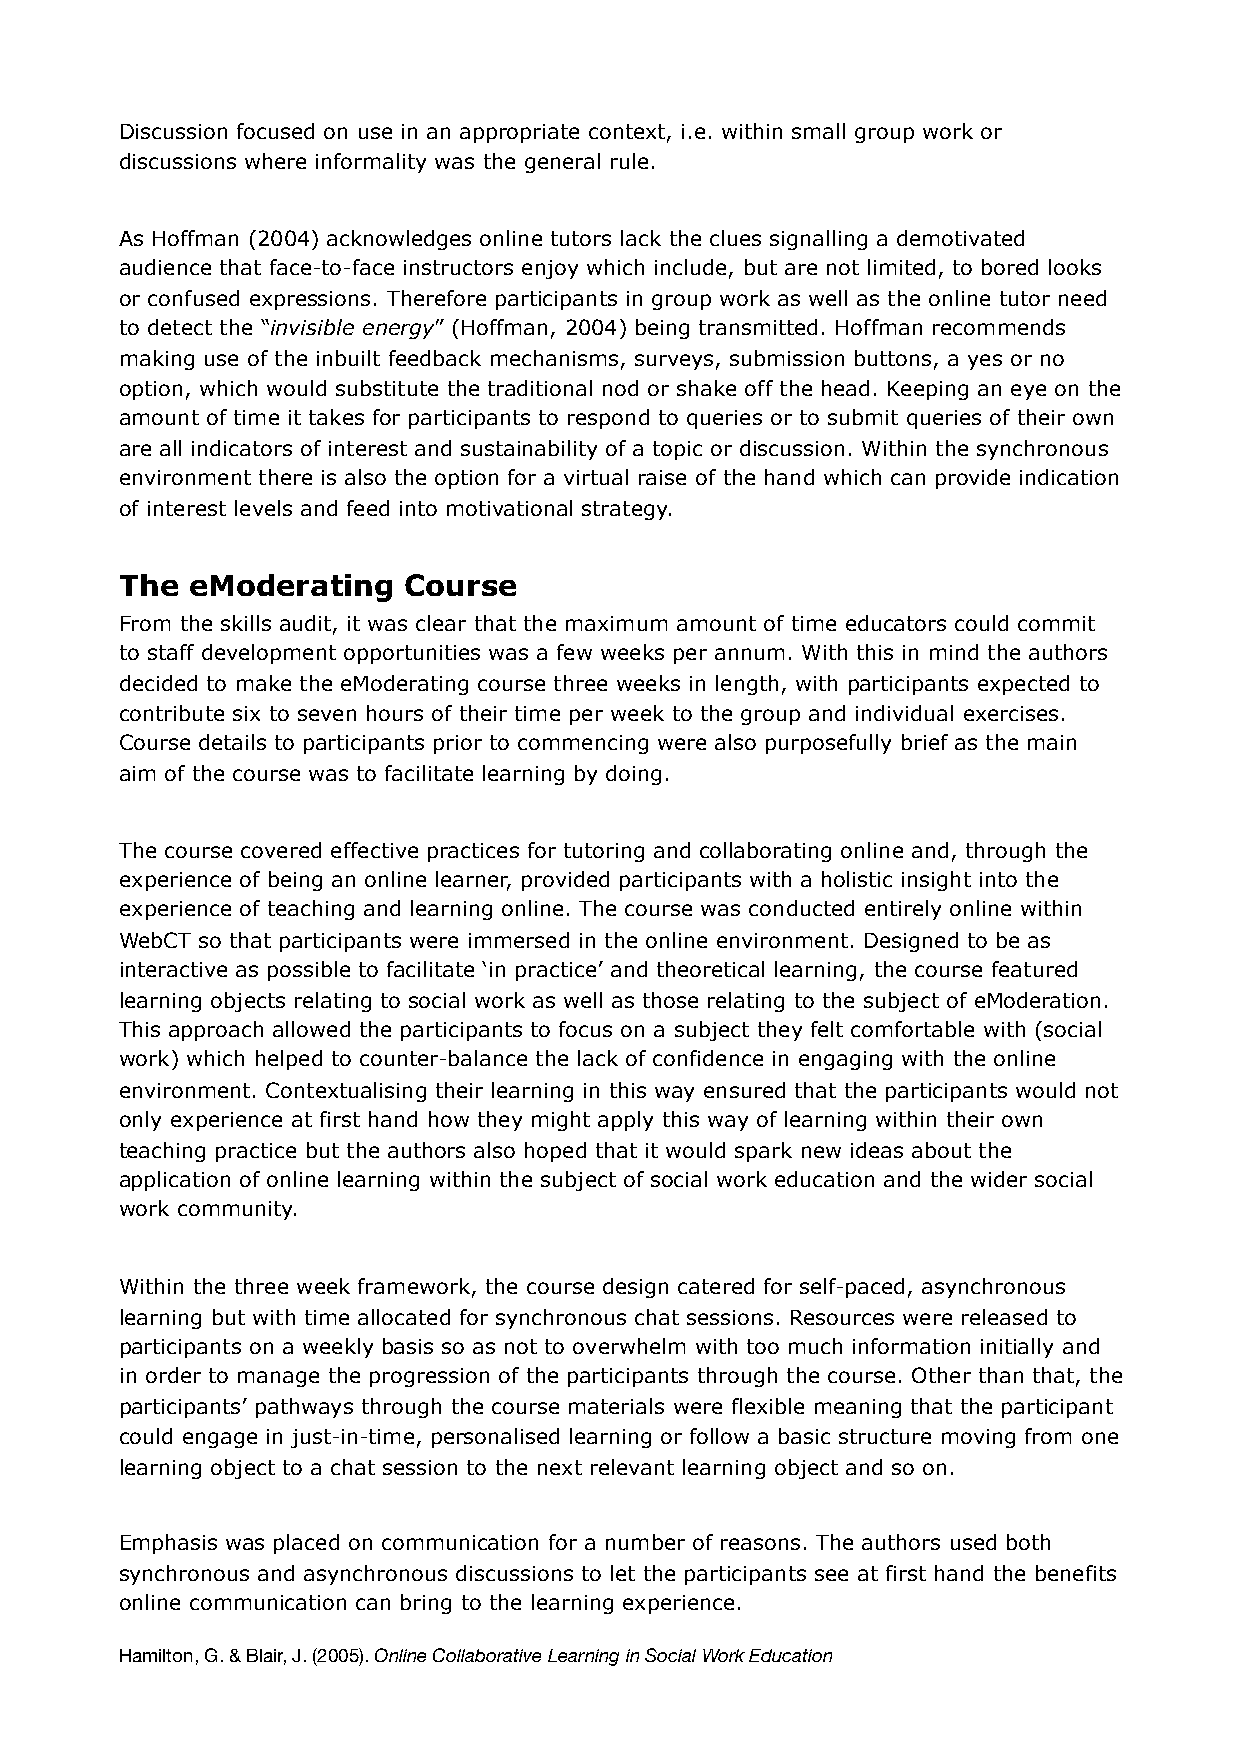
Discussion focused on use in an appropriate context, i.e. within small group work or
 discussions where informality was the general rule.
 As Hoffman (2004) acknowledges online tutors lack the clues signalling a demotivated
 audience that face-to-face instructors enjoy which include, but are not limited, to bored looks
 or confused expressions. Therefore participants in group work as well as the online tutor need
 to detect the “invisible energy” (Hoffman, 2004) being transmitted. Hoffman recommends
 making use of the inbuilt feedback mechanisms, surveys, submission buttons, a yes or no
 option, which would substitute the traditional nod or shake off the head. Keeping an eye on the
 amount of time it takes for participants to respond to queries or to submit queries of their own
 are all indicators of interest and sustainability of a topic or discussion. Within the synchronous
 environment there is also the option for a virtual raise of the hand which can provide indication
 of interest levels and feed into motivational strategy.
 The eModerating    Course
 From the skills audit, it was clear that the maximum amount of time educators could commit
 to staff development opportunities was a few weeks per annum. With this in mind the authors
 decided to make the eModerating course three weeks in length, with participants expected to
 contribute six to seven hours of their time per week to the group and individual exercises.
 Course details to participants prior to commencing were also purposefully brief as the main
 aim of the course was to facilitate learning by doing.
 The course covered effective practices for tutoring and collaborating online and, through the
 experience of being an online learner, provided participants with a holistic insight into the
 experience of teaching and learning online. The course was conducted entirely online within
 WebCT so that participants were immersed in the online environment. Designed to be as
 interactive as possible to facilitate ‘in practice’ and theoretical learning, the course featured
 learning objects relating to social work as well as those relating to the subject of eModeration.
 This approach allowed the participants to focus on a subject they felt comfortable with (social
 work) which helped to counter-balance the lack of confidence in engaging with the online
 environment. Contextualising their learning in this way ensured that the participants would not
 only experience at first hand how they might apply this way of learning within their own
 teaching practice but the authors also hoped that it would spark new ideas about the
 application of online learning within the subject of social work education and the wider social
 work community.
 Within the three week framework, the course design catered for self-paced, asynchronous
 learning but with time allocated for synchronous chat sessions. Resources were released to
 participants on a weekly basis so as not to overwhelm with too much information initially and
 in order to manage the progression of the participants through the course. Other than that, the
 participants’ pathways through the course materials were flexible meaning that the participant
 could engage in just-in-time, personalised learning or follow a basic structure moving from one
 learning object to a chat session to the next relevant learning object and so on.
 Emphasis was placed on communication for a number of reasons. The authors used both
 synchronous and asynchronous discussions to let the participants see at first hand the benefits
 online communication can bring to the learning experience.
 Hamilton, G. & Blair, J. (2005). Online Collaborative Learning in Social Work Education